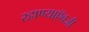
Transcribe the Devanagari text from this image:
रहाण्याऍवजी